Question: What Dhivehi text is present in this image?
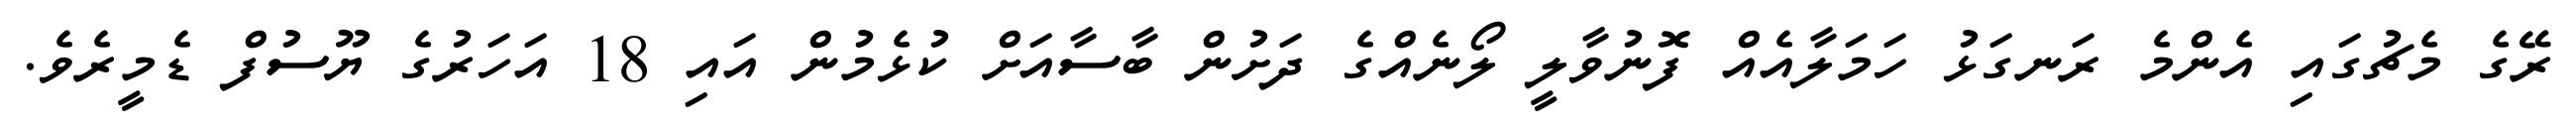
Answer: ރޭގެ މެޗުގައި އެންމެ ރަނގަޅު ހަމަލާއެއް ފޮނުވާލީ ލޯނެއްގެ ދަށުން ބާސާއަށް ކުޅެމުން އައި 18 އަހަރުގެ ޔޫސުފް ޑެމީރެވެ.